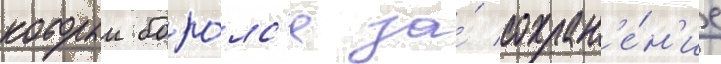
которыи боро́лс'я за́ сохран'е́н'ие